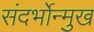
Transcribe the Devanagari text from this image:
संदर्भोन्मुख